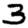
Digit: 3